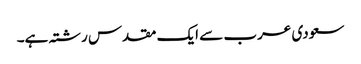
سعودی عرب سے ایک مقدس رشتہ ہے۔